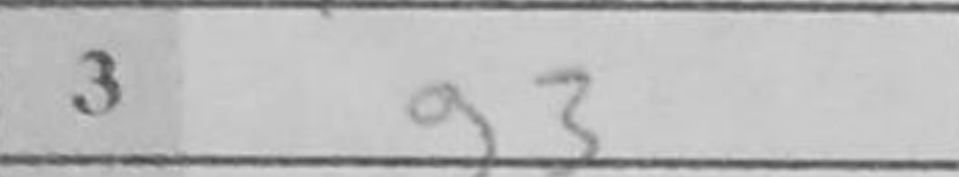
Transcription: g3